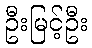
ဦးမြင့်ဦး